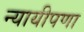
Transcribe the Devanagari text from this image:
न्यायीपणा